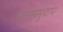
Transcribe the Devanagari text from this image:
भूतसमुदाय